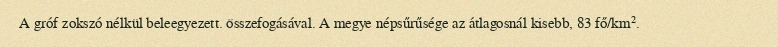
A gróf zokszó nélkül beleegyezett. összefogásával. A megye népsűrűsége az átlagosnál kisebb, 83 fő/km².